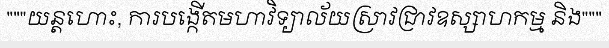
"""យន្តហោះ, ការបង្កើតមហាវិទ្យាល័យស្រាវជ្រាវឧស្សាហកម្ម និង"""